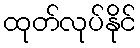
ထုတ်လုပ်နိုင်